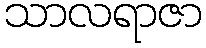
သာလရာဇာ